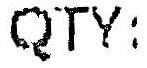
QTY: